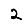
Digit: 2